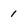
Character: 1